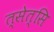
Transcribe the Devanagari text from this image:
त्सेत्सि